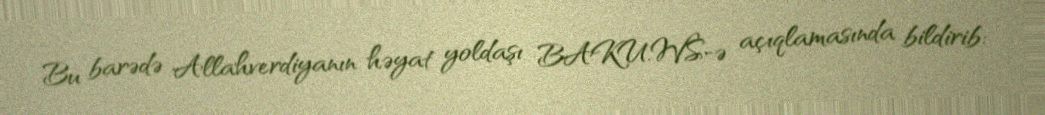
Bu barədə Allahverdiyanın həyat yoldaşı BAKU.WS-ə açıqlamasında bildirib: